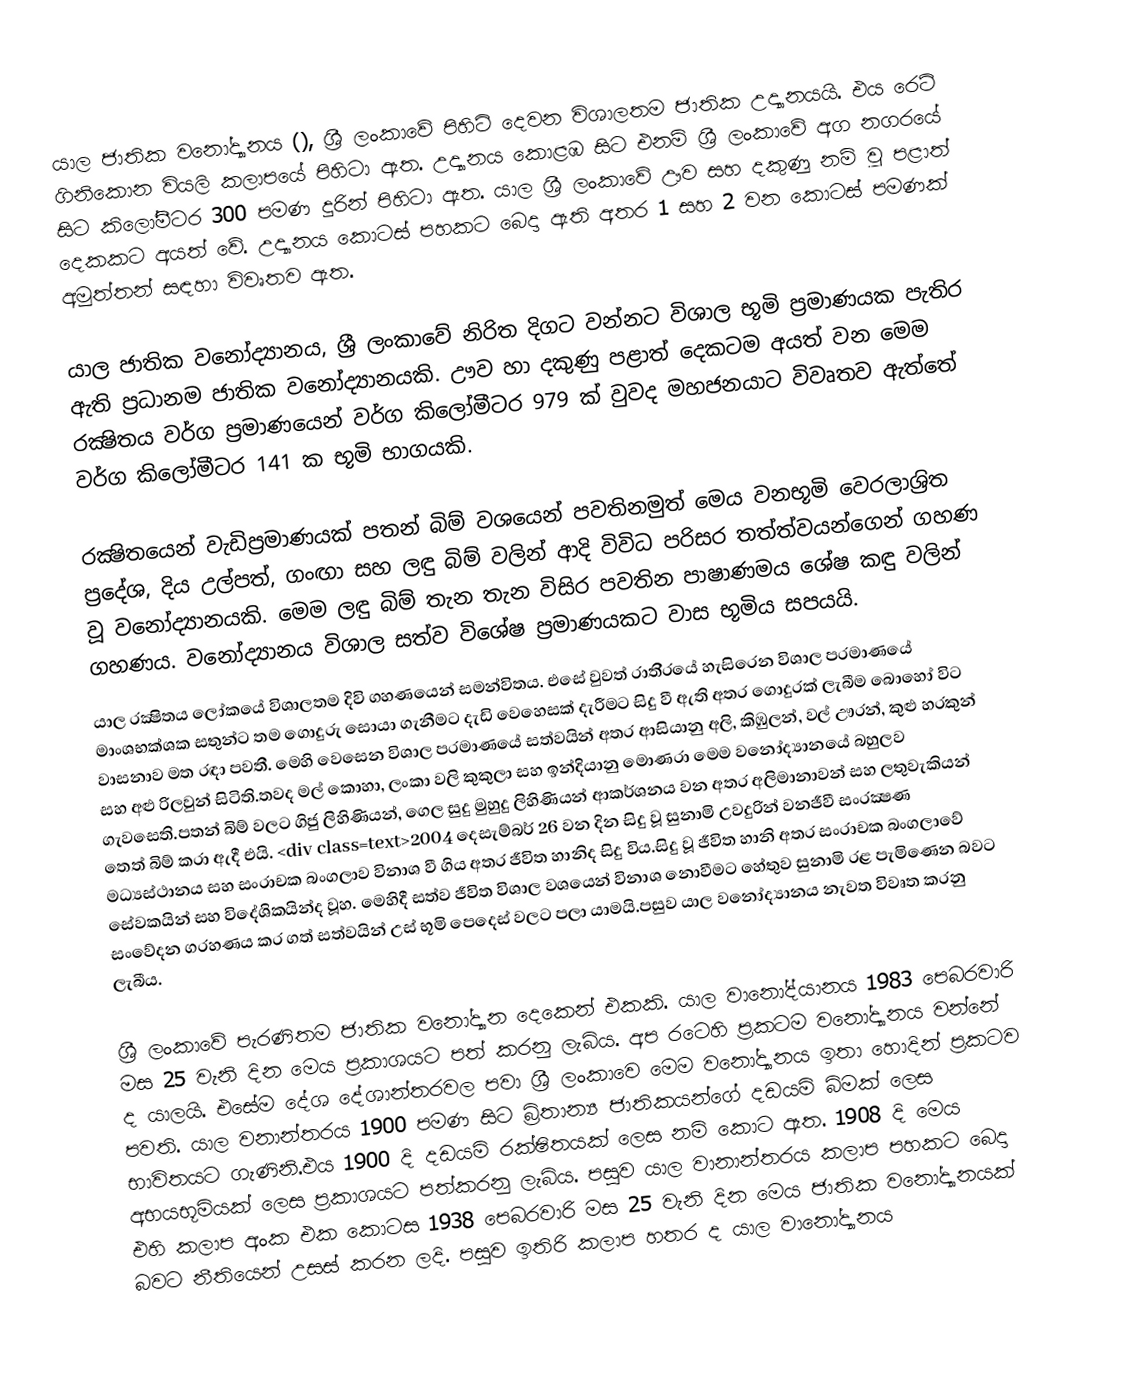
යාල ජාතික වනෝද්‍යානය (),  ශ්‍රී ලංකාවේ පිහිටි දෙවන විශාලතම ජාතික උද්‍යානයයි. එය ර‍ෙට් ගිනිකොන වියලි කලාපයේ පිහිටා ඇත. උද්‍යානය කොළඹ සිට එනම් ශ්‍රී ලංකාවේ අග නගරයේ සිට කිලෝමීටර 300 පමණ දුරින් පිහිටා ඇත. යාල ශ්‍රී ලංකාවේ ඌව සහ දකුණු නම් වූ පළාත් දෙකකට අයත් වේ. උද්‍යානය කොටස් පහකට බෙදා ඇති අතර 1 සහ 2 වන කොටස් පමණක් අමුත්තන් සඳහා විවෘතව ඇත.

යාල ජාතික වනෝද්‍යානය, ශ්‍රී ලංකාවේ නිරිත දිගට වන්නට විශාල භූමි ප‍්‍රමාණයක පැතිර ඇති ප‍්‍රධානම ජාතික වනෝද්‍යානයකි. ඌව හා දකුණු පළාත් දෙකටම අයත් වන මෙම රක්‍ෂිතය වර්ග ප‍්‍රමාණයෙන් වර්ග කිලෝමීටර 979 ක් වුවද මහජනයාට විවෘතව ඇත්තේ වර්ග කිලෝමීටර 141 ක භූමි භාගයකි.

රක්‍ෂිතයෙන් වැඩිප‍්‍රමාණයක් පතන් බිම් වශයෙන් පවතිනමුත් මෙය වනභූමි වෙරලාශ‍්‍රිත ප‍්‍රදේශ, දිය උල්පත්, ගංඟා සහ ලඳු බිම් වලින් ආදි විවිධ පරිසර තත්ත්වයන්ගෙන් ගහණ වූ වනෝද්‍යානයකි. මෙම ලඳු බිම් තැන තැන විසිර පවතින පාෂාණමය ශේෂ කඳු වලින් ගහණය. වනෝද්‍යානය විශාල සත්ව විශේෂ ප‍්‍රමාණයකට වාස භූමිය සපයයි.
යාල රක්‍ෂිතය ලෝකයේ විශාලතම දිවි ගහණයෙන් සමන්විතය. එසේ වුවත් රාති‍්‍රයේ හැසිරෙන විශාල ප‍්‍රමාණයේ මාංශභක්ශක සතුන්ට තම ගොදුරු සොයා ගැනීමට දැඩි වෙහෙසක් දැරීමට සිදු වී ඇති අතර ගොදුරක් ලැබීම බොහෝ විට වාසනාව මත රඳා පවතී. මෙහි වෙසෙන විශාල ප‍්‍රමාණයේ සත්වයින් අතර ආසියානු අලි, කිඹුලන්, වල් ඌරන්, කුළු හරකුන් සහ අළු රිලවුන් සිටිති.තවද මල් කොහා, ලංකා වලි කුකුලා සහ ඉන්දියානු මොණරා මෙම වනෝද්‍යානයේ බහුලව ගැවසෙති.පතන් බිම් වලට ගිජු ලිහිණියන්, ගෙල සුදු මුහුදු ලිහිණියන් ආකර්ශනය වන අතර අලිමානාවන් සහ ලතුවැකියන් තෙත් බිම් කරා ඇදී එයි. <div class=text>2004 දෙසැම්බර් 26 වන දින සිදු වූ සුනාමි උවදුරින් වනජීවී සංරක්‍ෂණ මධ්‍යස්ථානය සහ සංරාචක බංගලාව විනාශ වී ගිය අතර ජීවිත හානිද සිදු විය.සිදු වූ ජීවිත හානි අතර සංරාචක බංගලාවේ සේවකයින් සහ විදේශිකයින්ද වූහ. මෙහිදී සත්ව ජීවිත විශාල වශයෙන් විනාශ නොවීමට හේතුව සුනාමි රළ පැමිණෙන බවට සංවේදන ග‍්‍රහණය කර ගත් සත්වයින් උස් භූමි පෙදෙස් වලට පලා යාමයි.පසුව යාල වනෝද්‍යානය නැවත විවෘත කරනු ලැබීය.

ශ්‍රී ලංකාවේ පැරණිතම ජාතික වනෝද්‍යාන දෙකෙන් එකකි. යාල වානෝද්යානය 1983 පෙබරවාරි මස 25 වැනි දින මෙය ප්‍රකාශයට පත් කරනු ලැබිය. අප රටෙහි ප්‍රකටම වනෝද්‍යානය වන්නේ ද යාලයි. එසේම දේශ දේශාන්තරවල පවා ශ්‍රී ලංකාවෙ මෙම වනෝද්‍යානය ඉතා හොදින් ප්‍රකටව පවති.	යාල වනාන්තරය 1900 පමණ සිට බ්‍රිතාන්‍ය ජාතිකයන්ගේ දඩයමි බිමක් ලෙස භාවිතයට ගැණිනි.එය 1900 දි දඩයමි රක්ෂිතයක් ලෙස නමි කොට ඇත. 1908 දි මෙය අභයභූමියක් ලෙස ප්‍රකාශයට පත්කරනු ලැබිය. පසුව යාල වානාන්තරය කලාප පහකට බෙදා එහි කලාප අංක එක කොටස 1938 පෙබරවාරි මස 25 වැනි දින මෙය ජාතික වනෝද්‍යානයක් බවට නීතියෙන් උසස් කරන ලදි. පසුව ඉතිරි කලාප හතර ද යාල වානෝද්‍යානය